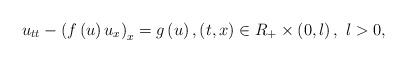
LaTeX: \begin{align*}u_{tt}-\left( f\left( u\right) u_{x}\right) _{x}=g\left( u\right) ,\left( t,x\right) \in R_{+}\times \left( 0,l\right) ,\ l>0,\end{align*}